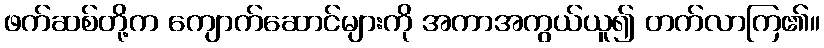
ဖက်ဆစ်တို့က ကျောက်ဆောင်များကို အကာအကွယ်ယူ၍ တက်လာကြ၏။